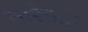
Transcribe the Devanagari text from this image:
मारेमात